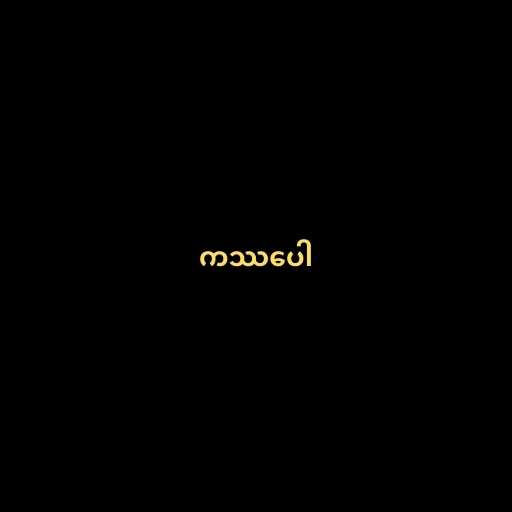
ကဿပေါ